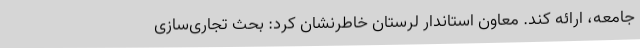
جامعه، ارائه کند. معاون استاندار لرستان خاطرنشان کرد: بحث تجاری‌سازی